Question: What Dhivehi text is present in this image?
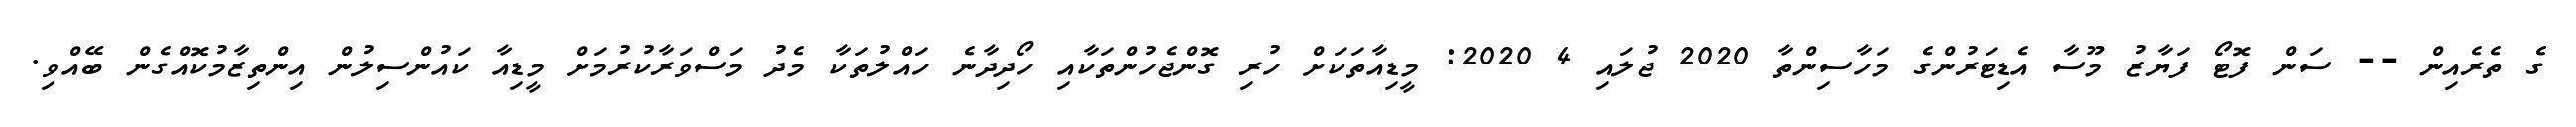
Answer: ގެ ތެރެއިން -- ސަން ފޮޓޯ ފަޔާޒު މޫސާ އެޑިޓަރުންގެ މަހާސިންތާ 2020 ޖުލައި 4 2020: މީޑިއާތަކަށް ހުރި ގޮންޖެހުންތަކާއި ހޯދިދާނެ ހައްލުތަކާ މެދު މަސްވަރާކުރުމަށް މީޑިއާ ކައުންސިލުން އިންތިޒާމުކޮއްގެން ބޭއްވި.